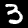
Label: 3